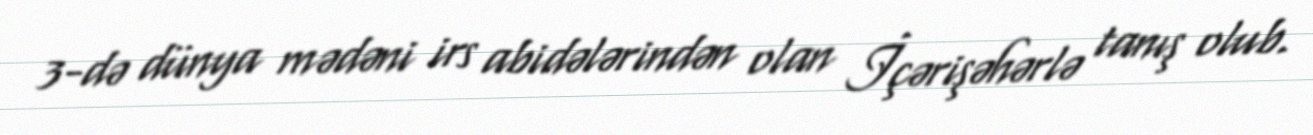
3-də dünya mədəni irs abidələrindən olan İçərişəhərlə tanış olub.